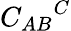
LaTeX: {C_{AB}}^{C}